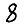
Digit: 8